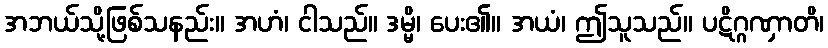
အဘယ်သို့ဖြစ်သနည်း။ အဟံ၊ ငါသည်။ ဒမ္မိ၊ ပေး၏။ အယံ၊ ဤသူသည်။ ပဋိဂ္ဂဏှာတိ၊